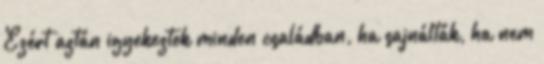
Ezért aztán igyekeztek minden családban, ha sajnálták, ha nem